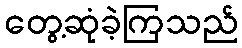
တွေ့ဆုံခဲ့ကြသည်